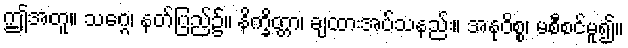
ဤအတူ။ သဂ္ဂေ၊ နတ်ပြည်၌။ နိက္ခိတ္တာ၊ ချထားအပ်သနည်း။ အနုဝိစ္စ၊ မစီစင်မူ၍။